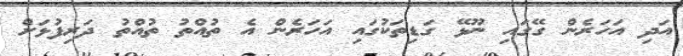
އަދި އަހަރެން ގޭގައި ނޫޅޭ ގަޑިތަކުގައި އަހަރެން އެ ތުއްތު ތުއްތު ދަރިފުޅަށް